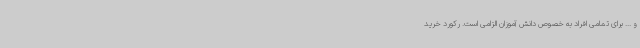
و ... برای تمامی افراد به خصوص دانش آموزان الزامی است. رکورد خرید